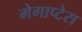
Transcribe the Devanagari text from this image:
मेगाप्टेरा